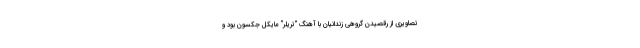
تصاویری از رقصیدن گروهی زندانیان با آهنگ “تریلر” مایکل جکسون بود و